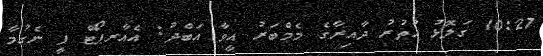
10:27 ގަލޮޅު އުތުރު ދާއިރާގެ މެމްބަރު އީވާ އަބްދު: އެއާރޕޯޓް ފީ ނެގުމާ